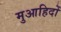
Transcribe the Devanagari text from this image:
मुआहिदों